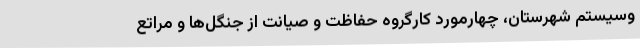
وسیستم شهرستان، چهارمورد کارگروه حفاظت و صیانت از جنگل‌ها و مراتع